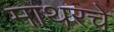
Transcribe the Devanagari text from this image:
माथरचे